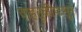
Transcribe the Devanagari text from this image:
वाहतूकींपासून